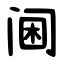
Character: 阃